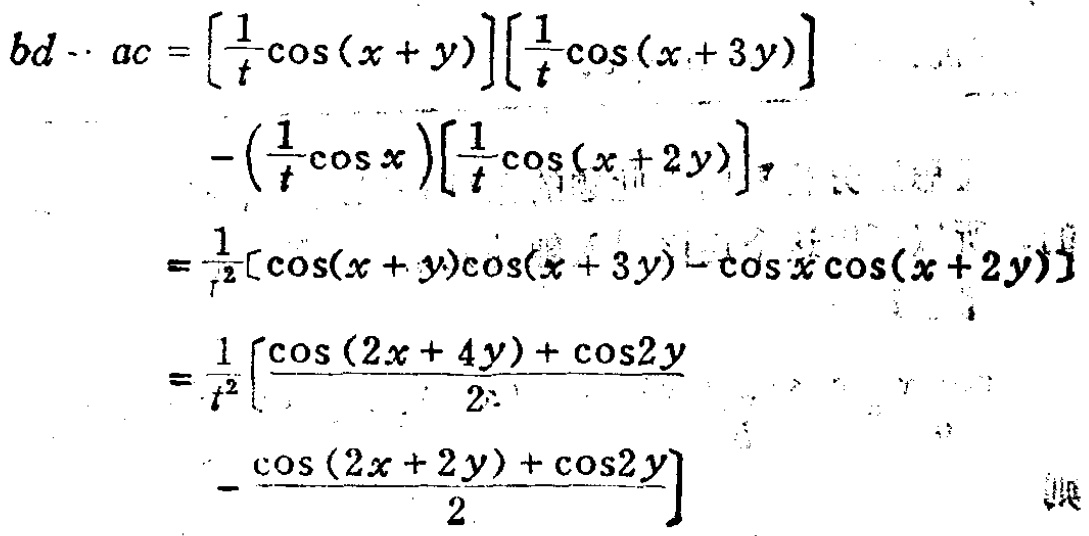
\[

\begin{align*}

bd - ac&=\left[\frac{1}{t}\cos(x + y)\right]\left[\frac{1}{t}\cos(x + 3y)\right]\\

&-\left(\frac{1}{t}\cos x\right)\left[\frac{1}{t}\cos(x + 2y)\right]\\

&=\frac{1}{t^{2}}[\cos(x + y)\cos(x + 3y)-\cos x\cos(x + 2y)]\\

&=\frac{1}{t^{2}}\left[\frac{\cos(2x + 4y)+\cos2y}{2}\right.\\

&\left.-\frac{\cos(2x + 2y)+\cos2y}{2}\right]

\end{align*}

\]